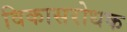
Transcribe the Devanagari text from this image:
विकासरोधक